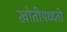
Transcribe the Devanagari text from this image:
खोतीपध्दती